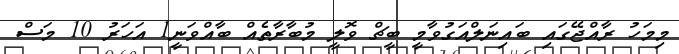
މިމަހު ރާއްޖޭގައި ބައިނަލްއަގުވާމީ ބީޗް ވޮލީ މުބާރާތެއް ބާއްވަނީ1 އަހަރު 10 މަސް